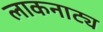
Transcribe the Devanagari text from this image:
लाकनाट्य